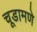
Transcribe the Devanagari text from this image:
चूडामणे